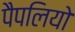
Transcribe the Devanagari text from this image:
पैपलियो